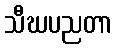
သီဃပညတာ